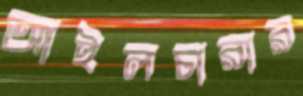
আইলচারার